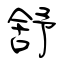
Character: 舒